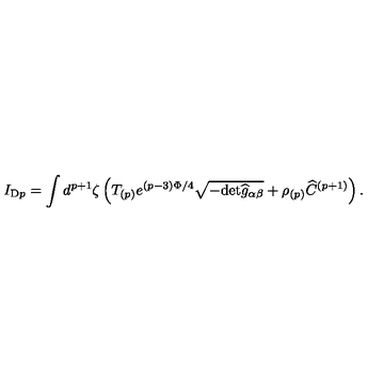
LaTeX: I _ { \mathrm { D } p } = \int d ^ { p + 1 } \zeta \left( T _ { ( p ) } e ^ { ( p - 3 ) \Phi / 4 } \sqrt { - \mathrm { d e t } { \widehat g } _ { \alpha \beta } } + \rho _ { ( p ) } \widehat C ^ { ( p + 1 ) } \right) .